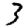
Digit: 3